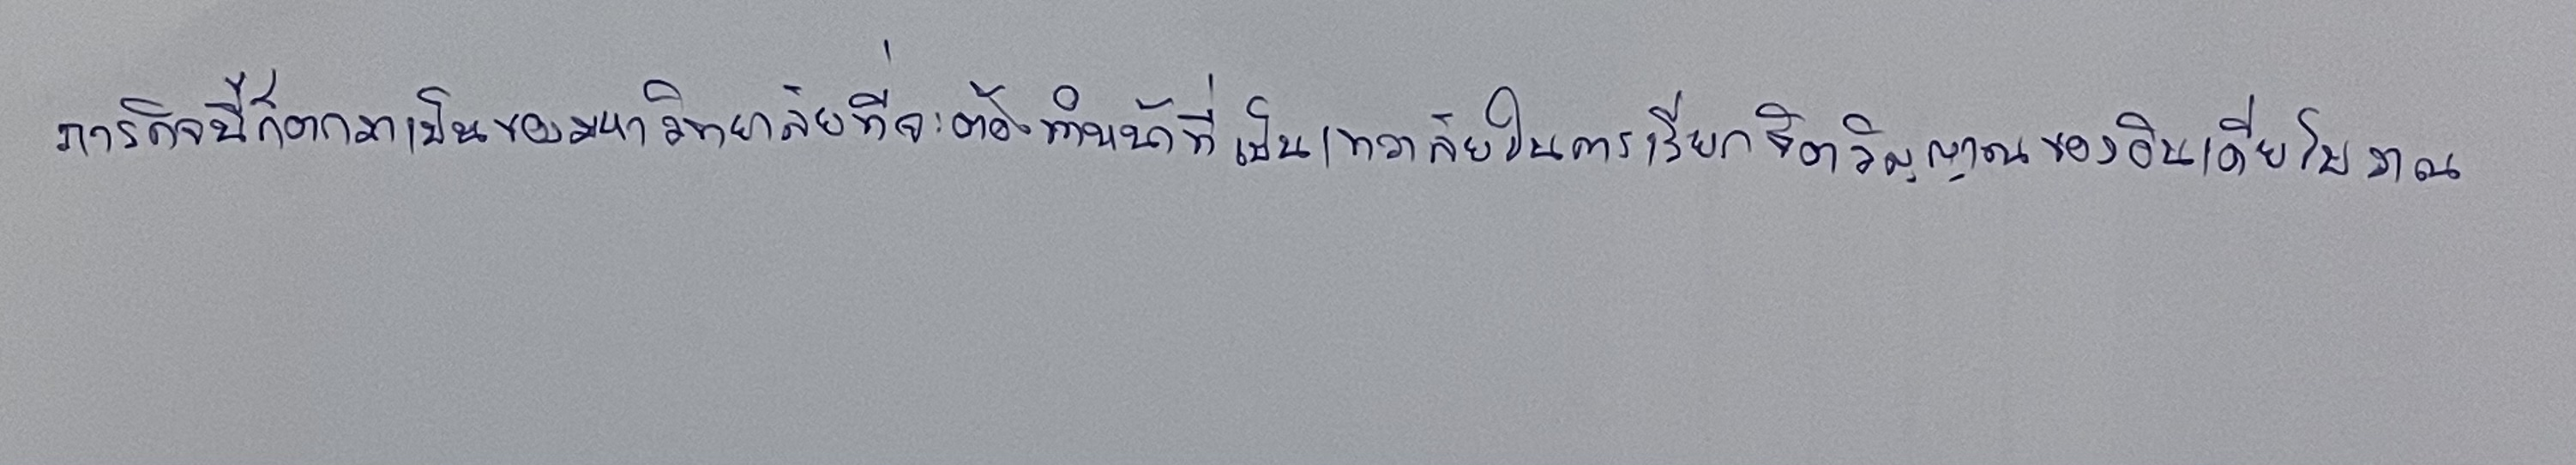
ภารกิจนี้ก็ตกมาเป็นของมหาวิทยาลัยที่จะต้องทำหน้าที่เป็นเทวาลัยในการเรียกจิตวิญญาณของอินเดียโบราณ